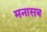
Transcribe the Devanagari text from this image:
मनासब